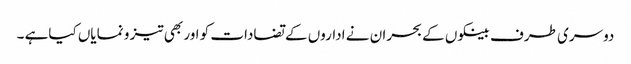
دوسری طرف بینکوں کے بحران نے اداروں کے تضادات کو اور بھی تیز و نمایاں کیاہے ۔